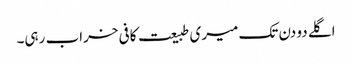
اگلے دو دن تک میری طبیعت کافی خراب رہی۔